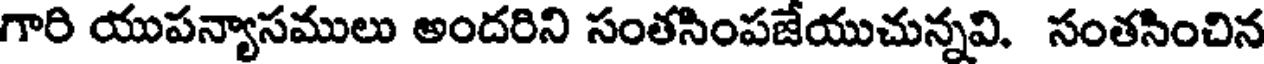
గారి యుపన్యాసములు అందరిని సంతసింపజేయుచున్నవి. సంతసించిన